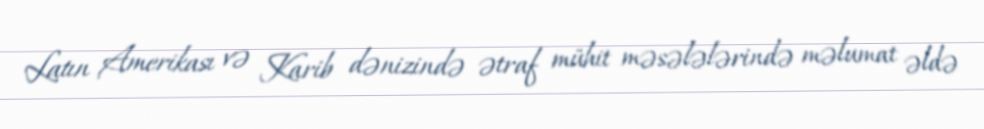
Latın Amerikası və Karib dənizində ətraf mühit məsələlərində məlumat əldə